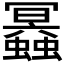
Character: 𧔲